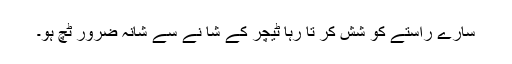
سارے راستے کو شش کر تا رہا ٹیچر کے شا نے سے شانہ ضرور ٹچ ہو۔